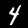
Label: 4